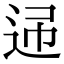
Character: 𨒝